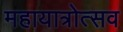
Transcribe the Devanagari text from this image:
महायात्रोत्सव